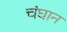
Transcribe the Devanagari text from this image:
चंघान